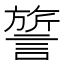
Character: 𬣃